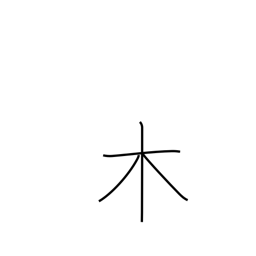
Meaning: wood